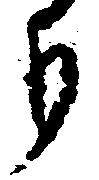
り